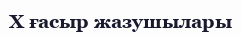
X ғасыр жазушылары